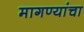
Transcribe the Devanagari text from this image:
मागण्यांचा